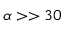
\alpha > > 3 0